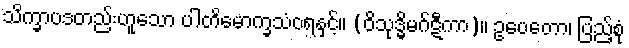
သိက္ခာပဒတည်းဟူသော ပါတိမောက္ခသံဝရနှင့်။ (ဝိသုဒ္ဓိမဂ်ဋီကာ)။ ဥပေတော၊ ပြည့်စုံ